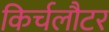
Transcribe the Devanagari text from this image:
किर्चलौटर